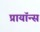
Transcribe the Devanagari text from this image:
प्रायॉन्स